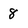
Character: 8